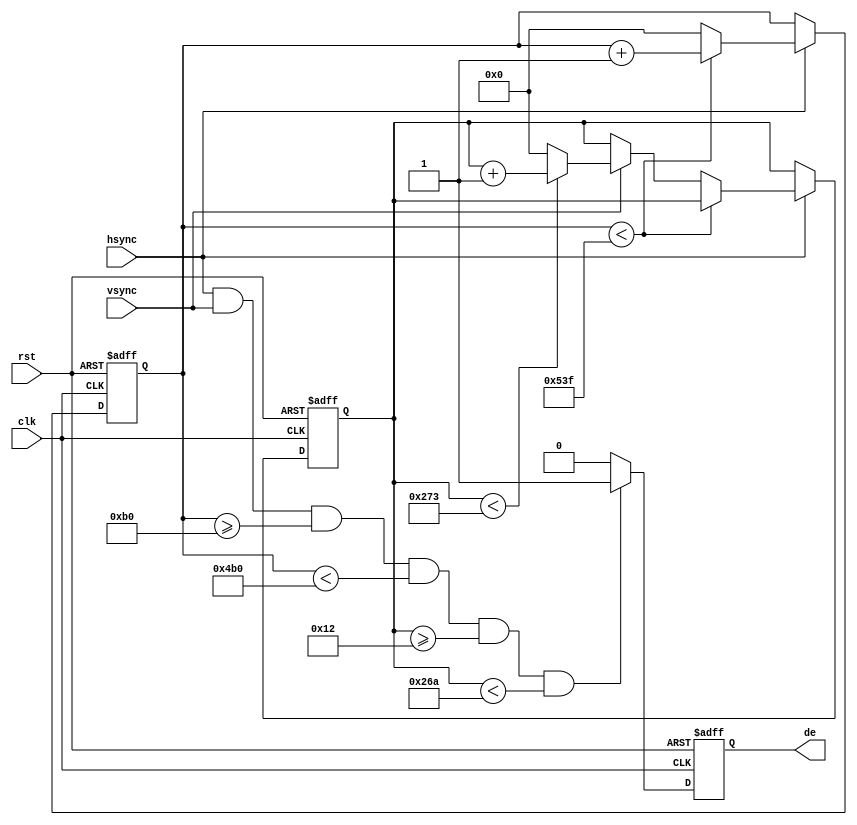
module de_gen (
  input wire clk,       // 
  input wire rst,       // 
  input wire hsync,     // 
  input wire vsync,     // 
  output reg de        // 
);

  // 
  parameter H_DISPLAY = 1024;  // 
  parameter H_FRONT_PORCH = 160; // 
  parameter H_SYNC_PULSE = 32;  // 
  parameter H_BACK_PORCH = 144; // 
  parameter H_TOTAL = 1344;    // 

  parameter V_DISPLAY = 600;   // 
  parameter V_FRONT_PORCH = 23;  // 
  parameter V_SYNC_PULSE = 3;  // 
  parameter V_BACK_PORCH = 15;  // 
  parameter V_TOTAL = 628;     // 

  reg [10:0] horizontal_counter;  // 
  reg [10:0] vertical_counter;    // 

  always @(posedge clk or posedge rst) begin
    if (rst) begin
      horizontal_counter <= 11'd0;
      vertical_counter <= 11'd0;
      de <= 1'b0;
    end else begin
      // 
      if (hsync) begin
        if (horizontal_counter < H_TOTAL - 1) begin
          horizontal_counter <= horizontal_counter + 1;
        end else begin
          horizontal_counter <= 11'd0;
          // 
          if (vsync) begin
            if (vertical_counter < V_TOTAL - 1) begin
              vertical_counter <= vertical_counter + 1;
            end else begin
              vertical_counter <= 11'd0;
            end
          end
        end
      end

      //  de 
      if (hsync && vsync && horizontal_counter >= H_SYNC_PULSE + H_BACK_PORCH && 
                   horizontal_counter < H_SYNC_PULSE + H_BACK_PORCH + H_DISPLAY &&
                   vertical_counter >= V_SYNC_PULSE + V_BACK_PORCH &&
                   vertical_counter < V_SYNC_PULSE + V_BACK_PORCH + V_DISPLAY) begin
        de <= 1'b1;
      end else begin
        de <= 1'b0;
      end
    end
  end
endmodule